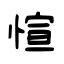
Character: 愃